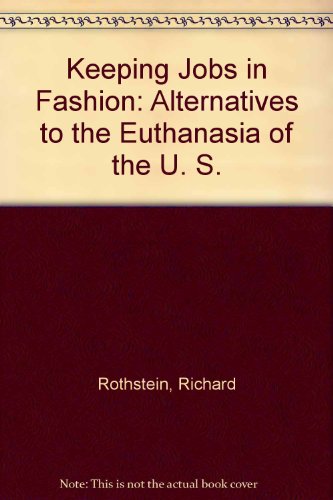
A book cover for Keeping Jobs in Fashion: Alternatives to the Euthanasia of the U. S.; Richard Rothstein; Medical Books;